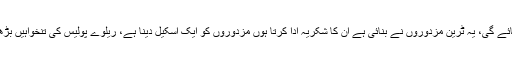
وفاقی وزیر نے کہا تھل ایکسپریس ملتان سے کراچی تک بھی جائے گی، یہ ٹرین مزدوروں نے بنائی ہے ان کا شکریہ ادا کرتا ہوں مزدوروں کو ایک اسکیل دینا ہے، ریلوے پولیس کی تنخواہیں بڑھائیں گے جب کہ قوم سے وعدہ ہے ٹرین سے جال بچھا دیں گے۔